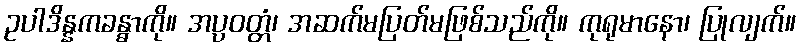
ဥပါဒိန္နကခန္ဓာကို။ အပ္ပဝတ္တံ၊ အဆက်မပြတ်မဖြစ်သည်ကို။ ကုရုမာနော၊ ပြုလျက်။